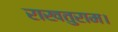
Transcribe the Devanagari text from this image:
राखतुराम।